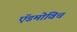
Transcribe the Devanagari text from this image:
ऍडमोविच